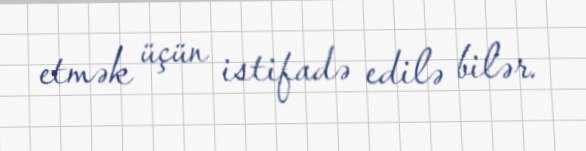
etmək üçün istifadə edilə bilər.